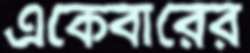
একেবারের